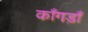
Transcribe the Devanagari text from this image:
काँगड़ाँ